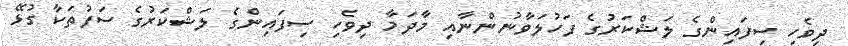
ދިވެހި ސިފައިންގެ ލަޝްކަރުގެ ފަހުލަވާނުންނާއި މާދަމާ ދިވެހި ސިފައިންގެ ލަޝްކަރުގެ ސަފުތަކާ ގުޅޭ